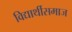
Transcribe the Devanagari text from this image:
विद्यार्थीसमाज